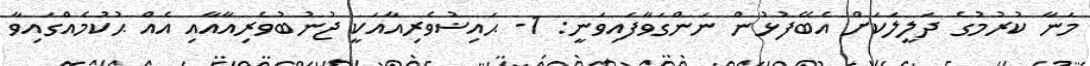
މަނާ ކުރުމުގެ ދަލީލަކަށް އެބޭފުޅުން ނަންގަވާފައިވަނީ: 1- ޙައިޟުވެރިއާއަކީ ޖުނުބުވެރިއާއާއި އެއް ޙުކުމެއްގައިވާ